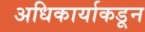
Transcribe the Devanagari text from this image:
अधिकार्याकडून